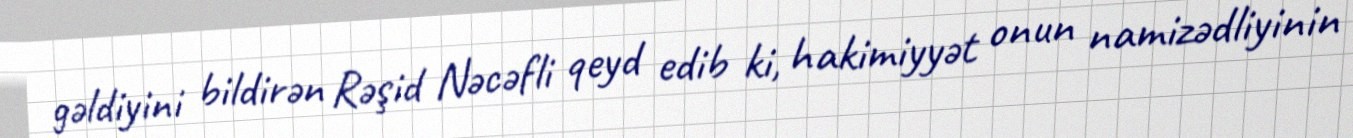
gəldiyini bildirən Rəşid Nəcəfli qeyd edib ki, hakimiyyət onun namizədliyinin